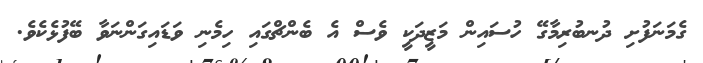
ގެމަނަފުށި ދުނބުރިމާގޭ ހުސައިން މަޒީދަކީ ވެސް އެ ބެންޗްގައި ހިމެނި ވަޑައިގަންނަވާ ބޭފުޅެކެވެ.